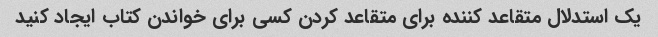
یک استدلال متقاعد کننده برای متقاعد کردن کسی برای خواندن کتاب ایجاد کنید